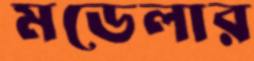
মডেলার